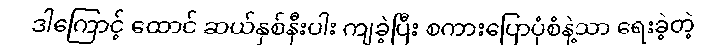
ဒါကြောင့် ထောင် ဆယ်နှစ်နီးပါး ကျခဲ့ပြီး စကားပြောပုံစံနဲ့သာ ရေးခဲ့တဲ့